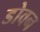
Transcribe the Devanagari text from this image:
डोवन